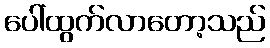
ပေါ်ထွက်လာတော့သည်